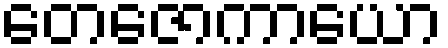
တေဇောကာယော